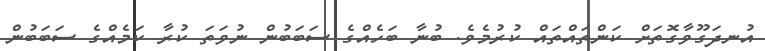
އުނދަގޫވާގޮތަށް ކަންތައްތައް ކުރުމެވެ. ބުނާ ބަހެއްގެ ސަބަބުން ނުވަތަ ކުރާ ކަމެއްގެ ސަބަބުން